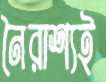
নৈরাশ্যই